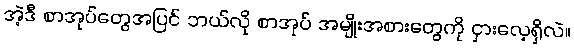
အဲ့ဒီ စာအုပ်တွေအပြင် ဘယ်လို စာအုပ် အမျိုးအစားတွေကို ငှားလေ့ရှိလဲ။